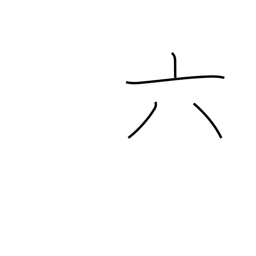
Meaning: six